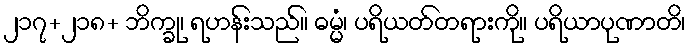
၂၁၇+၂၁၈+ ဘိက္ခု၊ ရဟန်းသည်။ ဓမ္မံ၊ ပရိယတ်တရားကို။ ပရိယာပုဏာတိ၊